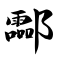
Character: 酃